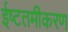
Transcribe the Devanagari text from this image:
ईष्टतमीकरण